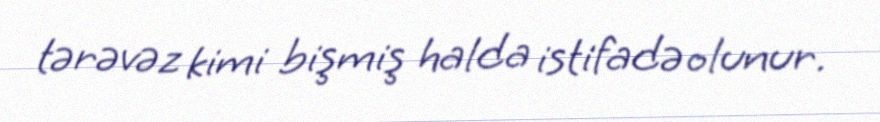
tərəvəz kimi bişmiş halda istifadə olunur.